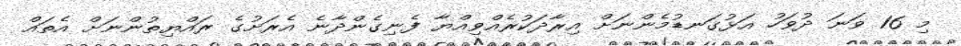
މި 16 ވަނަ ދުވަހު އަޅުގަނޑުމެންނަށް އިރާދަކުރެއްވިއްޔާ ފެނިގެންދާނެ އެރަށުގެ ރައްޔިތުންނަށް އެތައް